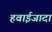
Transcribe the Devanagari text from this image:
हवाईजादा